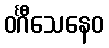
ဝင်္ဂီသေနေဝ